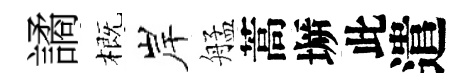
譎概岸艋蒿󶱲此遣